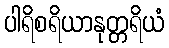
ပါရိစရိယာနုတ္တရိယံ